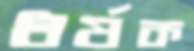
ধর্ষক